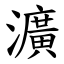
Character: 瀇